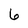
Character: 6